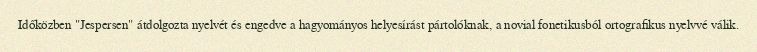
Időközben "Jespersen" átdolgozta nyelvét és engedve a hagyományos helyesírást pártolóknak, a novial fonetikusból ortografikus nyelvvé válik.